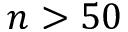
n > 5 0